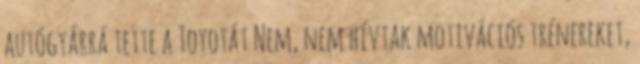
autógyárrá tette a Toyotát Nem, nem hívtak motivációs tréne­reket,